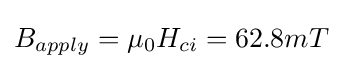
B_{apply}=\mu _{0}H_{ci}=62.8mT